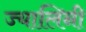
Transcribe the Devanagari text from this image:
ज्यालिनी